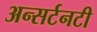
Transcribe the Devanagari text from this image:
अन्सर्टनटी